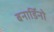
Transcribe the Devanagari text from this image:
बनार्डिनो